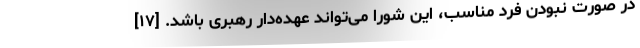
در صورت نبودن فرد مناسب، این شورا می‌تواند عهده‌دار رهبری باشد. [۱۷]